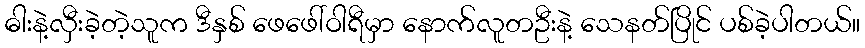
ဓါးနဲ့လှီးခဲ့တဲ့သူက ဒီနှစ် ဖေဖေါ်ဝါရီမှာ နောက်လူတဦးနဲ့ သေနတ်ပြိုင် ပစ်ခဲ့ပါတယ်။